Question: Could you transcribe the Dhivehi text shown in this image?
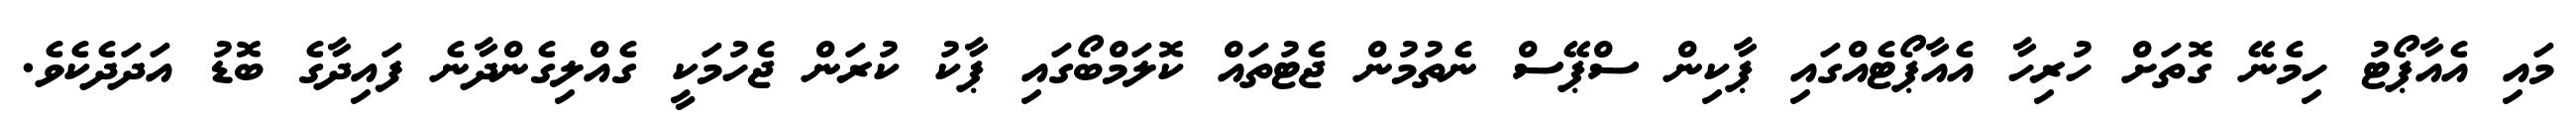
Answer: މައި އެއާޕޯޓު ހިމެނޭ ގޮތަށް ހުރިހާ އެއާޕޯޓެއްގައި ޕާކިން ސްޕޭސް ނެތުމުން ޖެޓުތައް ކޮލަމްބޯގައި ޕާކު ކުރަން ޖެހުމަކީ ގެއްލިގެންދާނެ ފައިދާގެ ބޮޑު އަދަދެކެވެ.